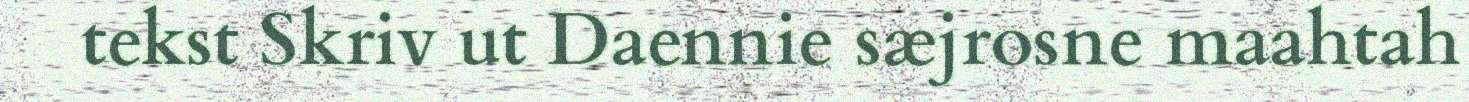
tekst Skriv ut Daennie sæjrosne maahtah